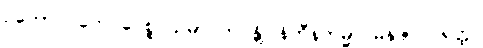
ဥဘောပိ တေ ပေစ္စ သမာ ဘဝန္တိ၊ နိဟီနကမ္မာ မနုဇာ ပရတ္ထ။